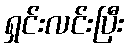
ရှင်းလင်းပြီး